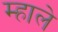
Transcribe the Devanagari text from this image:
म्हाले